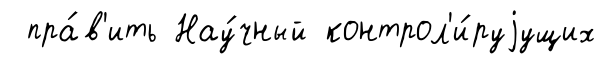
пра́в'ить Нау́чный контрол'и́руjущих